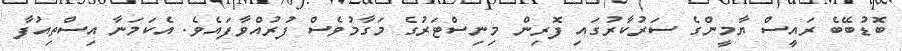
ބޮޑުބޭބެ ރައީސް ޔާމީންގެ ސަރުކާރުގައި ފޮރިން މިނިސްޓަރުގެ މަގާމުވެސް ފުރުއްވާފައެވެ. އެކަމަނާ އިސްތިއުފާ